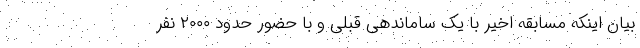
بیان اینکه مسابقه اخیر با یک ساماندهی قبلی و با حضور حدود ۲۰۰۰ نفر